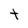
Character: t